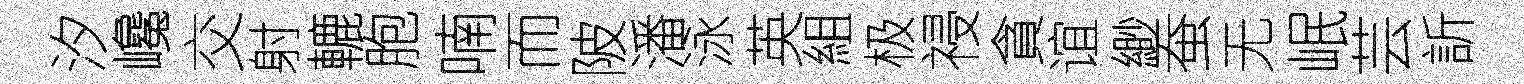
汐巉交射轆胞喃而陂潘泳英組极祲貪谊緲蚕无岷芸訢